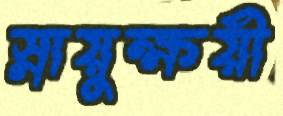
স্নায়ুক্ষয়ী